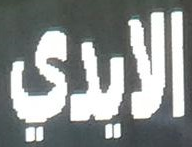
الايدي